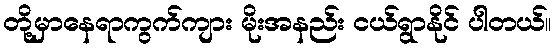
တို့မှာနေရာကွက်ကျား မိုးအနည်း ငယ်ရွာနိုင် ပါတယ်။